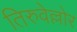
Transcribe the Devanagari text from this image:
तिरुवेल्लोर